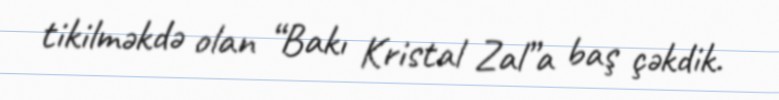
tikilməkdə olan “Bakı Kristal Zal”a baş çəkdik.